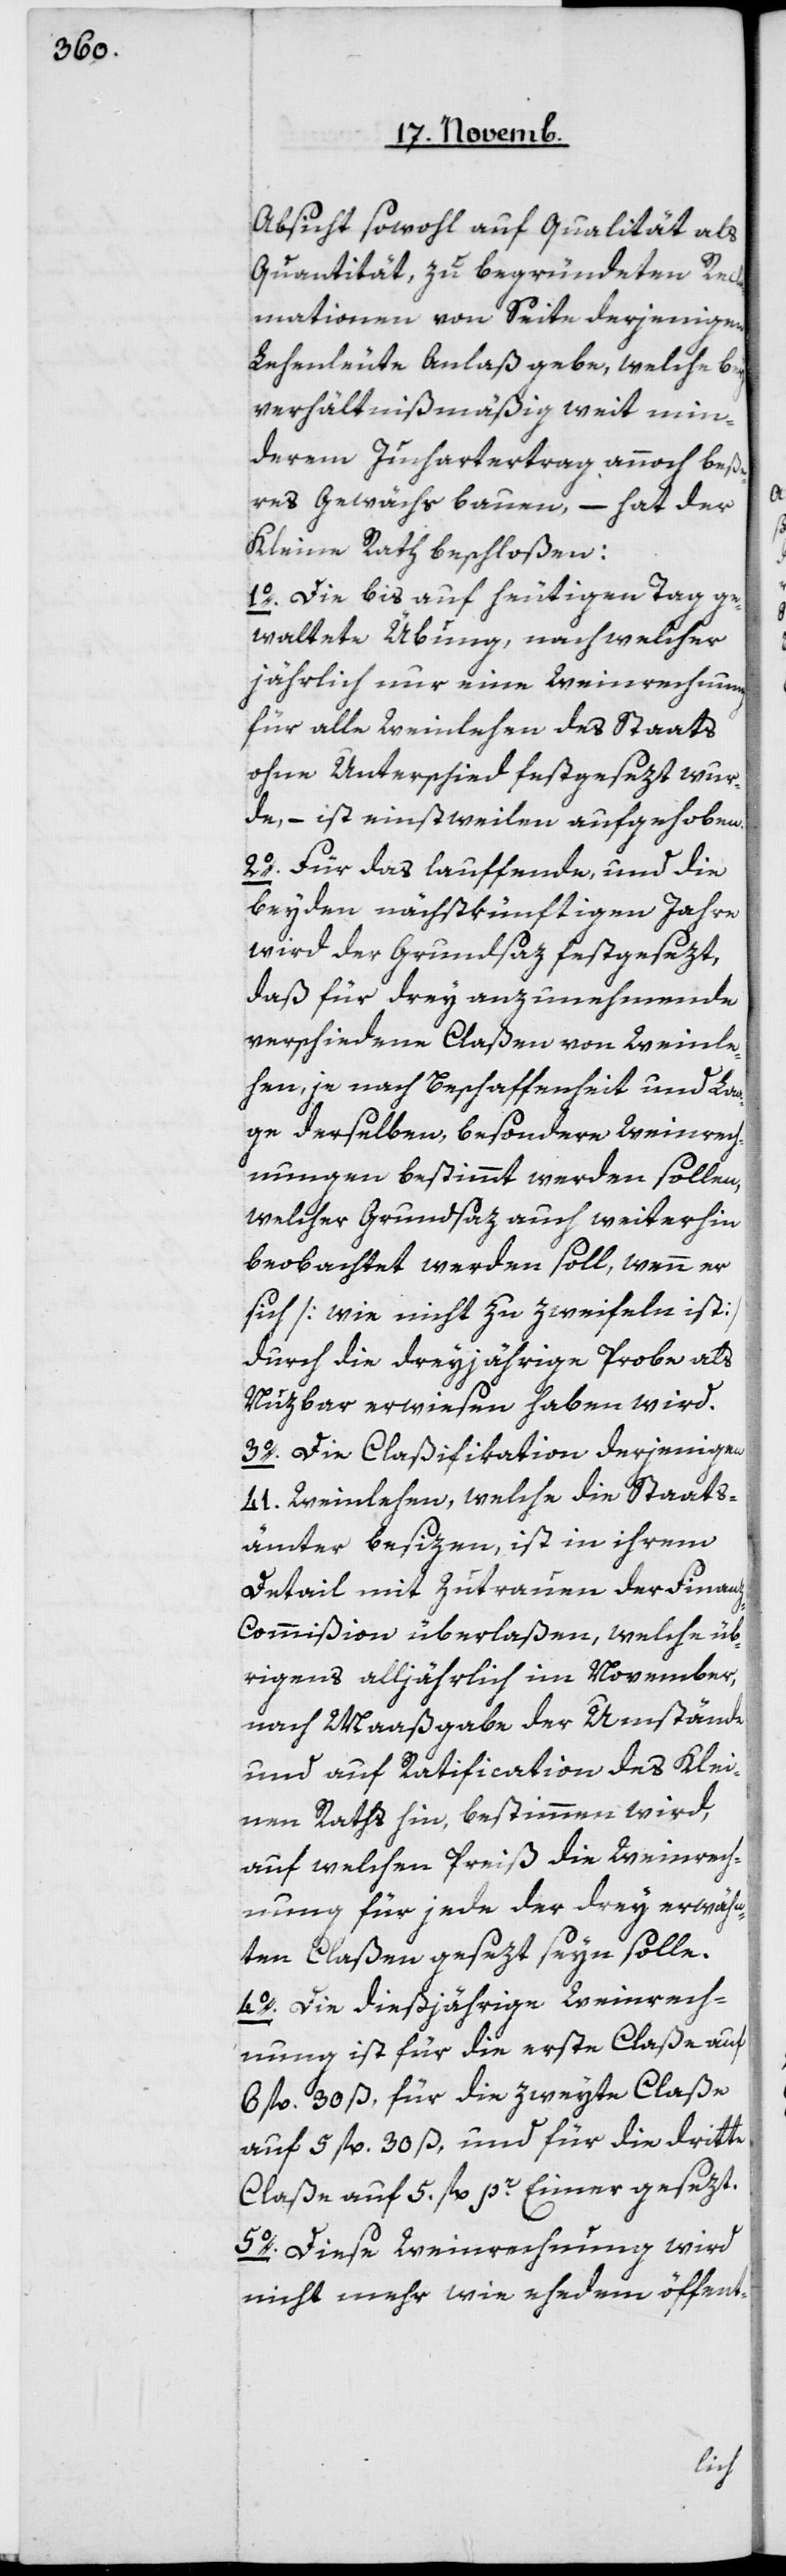
Absicht sowohl auf Qualität als
Quantität, zu begründeten Recla¬
mationen von Seite derjenigen
Lehenleute Anlaß gebe, welche bey
verhältnißmäßig weit min¬
derem Juchartertrag annoch beße¬
res Gewächs bauen, – hat der
Kleine Rath beschloßen:
1o Die bis auf heutigen Tag ge¬
waltete Übung, nach welcher
jährlich nur eine Weinrechnung
für alle Weinlehen des Staats
ohne Unterschied festgesezt wur¬
de, – ist einstweilen aufgehoben.
2o Für das lauffende, und die
beyden nächstkünftigen Jahre
wird der Grundsaz festgesezt,
daß für drey anzunehmende
verschiedene Claßen von Weinle¬
hen, je nach Beschaffenheit und La¬
ge derselben, besondere Weinrech¬
nungen bestimmt werden sollen,
welcher Grundsaz auch weiterhin
beobachtet werden soll, wenn er
sich [wie nicht zu zweifeln ist],
durch die dreyjährige Probe als
nuzbar erwiesen haben wird.
3o Die Claßifikation derjenigen
41 Weinlehen, welche die Staats¬
ämter besizen, ist in ihrem
Detail mit Zutrauen der Finan¬
z-Commißion überlaßen, welche üb¬
rigens alljährlich im November,
nach Maaßgabe der Umstände
und auf Ratification des Klei¬
nen Raths hin, bestimmen wird,
auf welchen Preiß die Weinrech¬
nung für jede der drey erwähn¬
ten Claßen gesezt seyn solle.
4o Die dießjährige Weinrech¬
nung ist für die erste Claße auf
6 fl. 30 ß, für die zweyte Claße
auf 5 fl. 30 ß, und für die dritte
Claße auf 5 fl. pr Eimer gesezt.
5o Diese Weinrechnung wird
nicht mehr wie ehedem öffent-